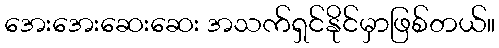
အေးအေးဆေးဆေး အသက်ရှင်နိုင်မှာဖြစ်တယ်။